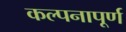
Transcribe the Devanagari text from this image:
कल्‍पनापूर्ण